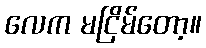
လေက မငြိမ်တော့။